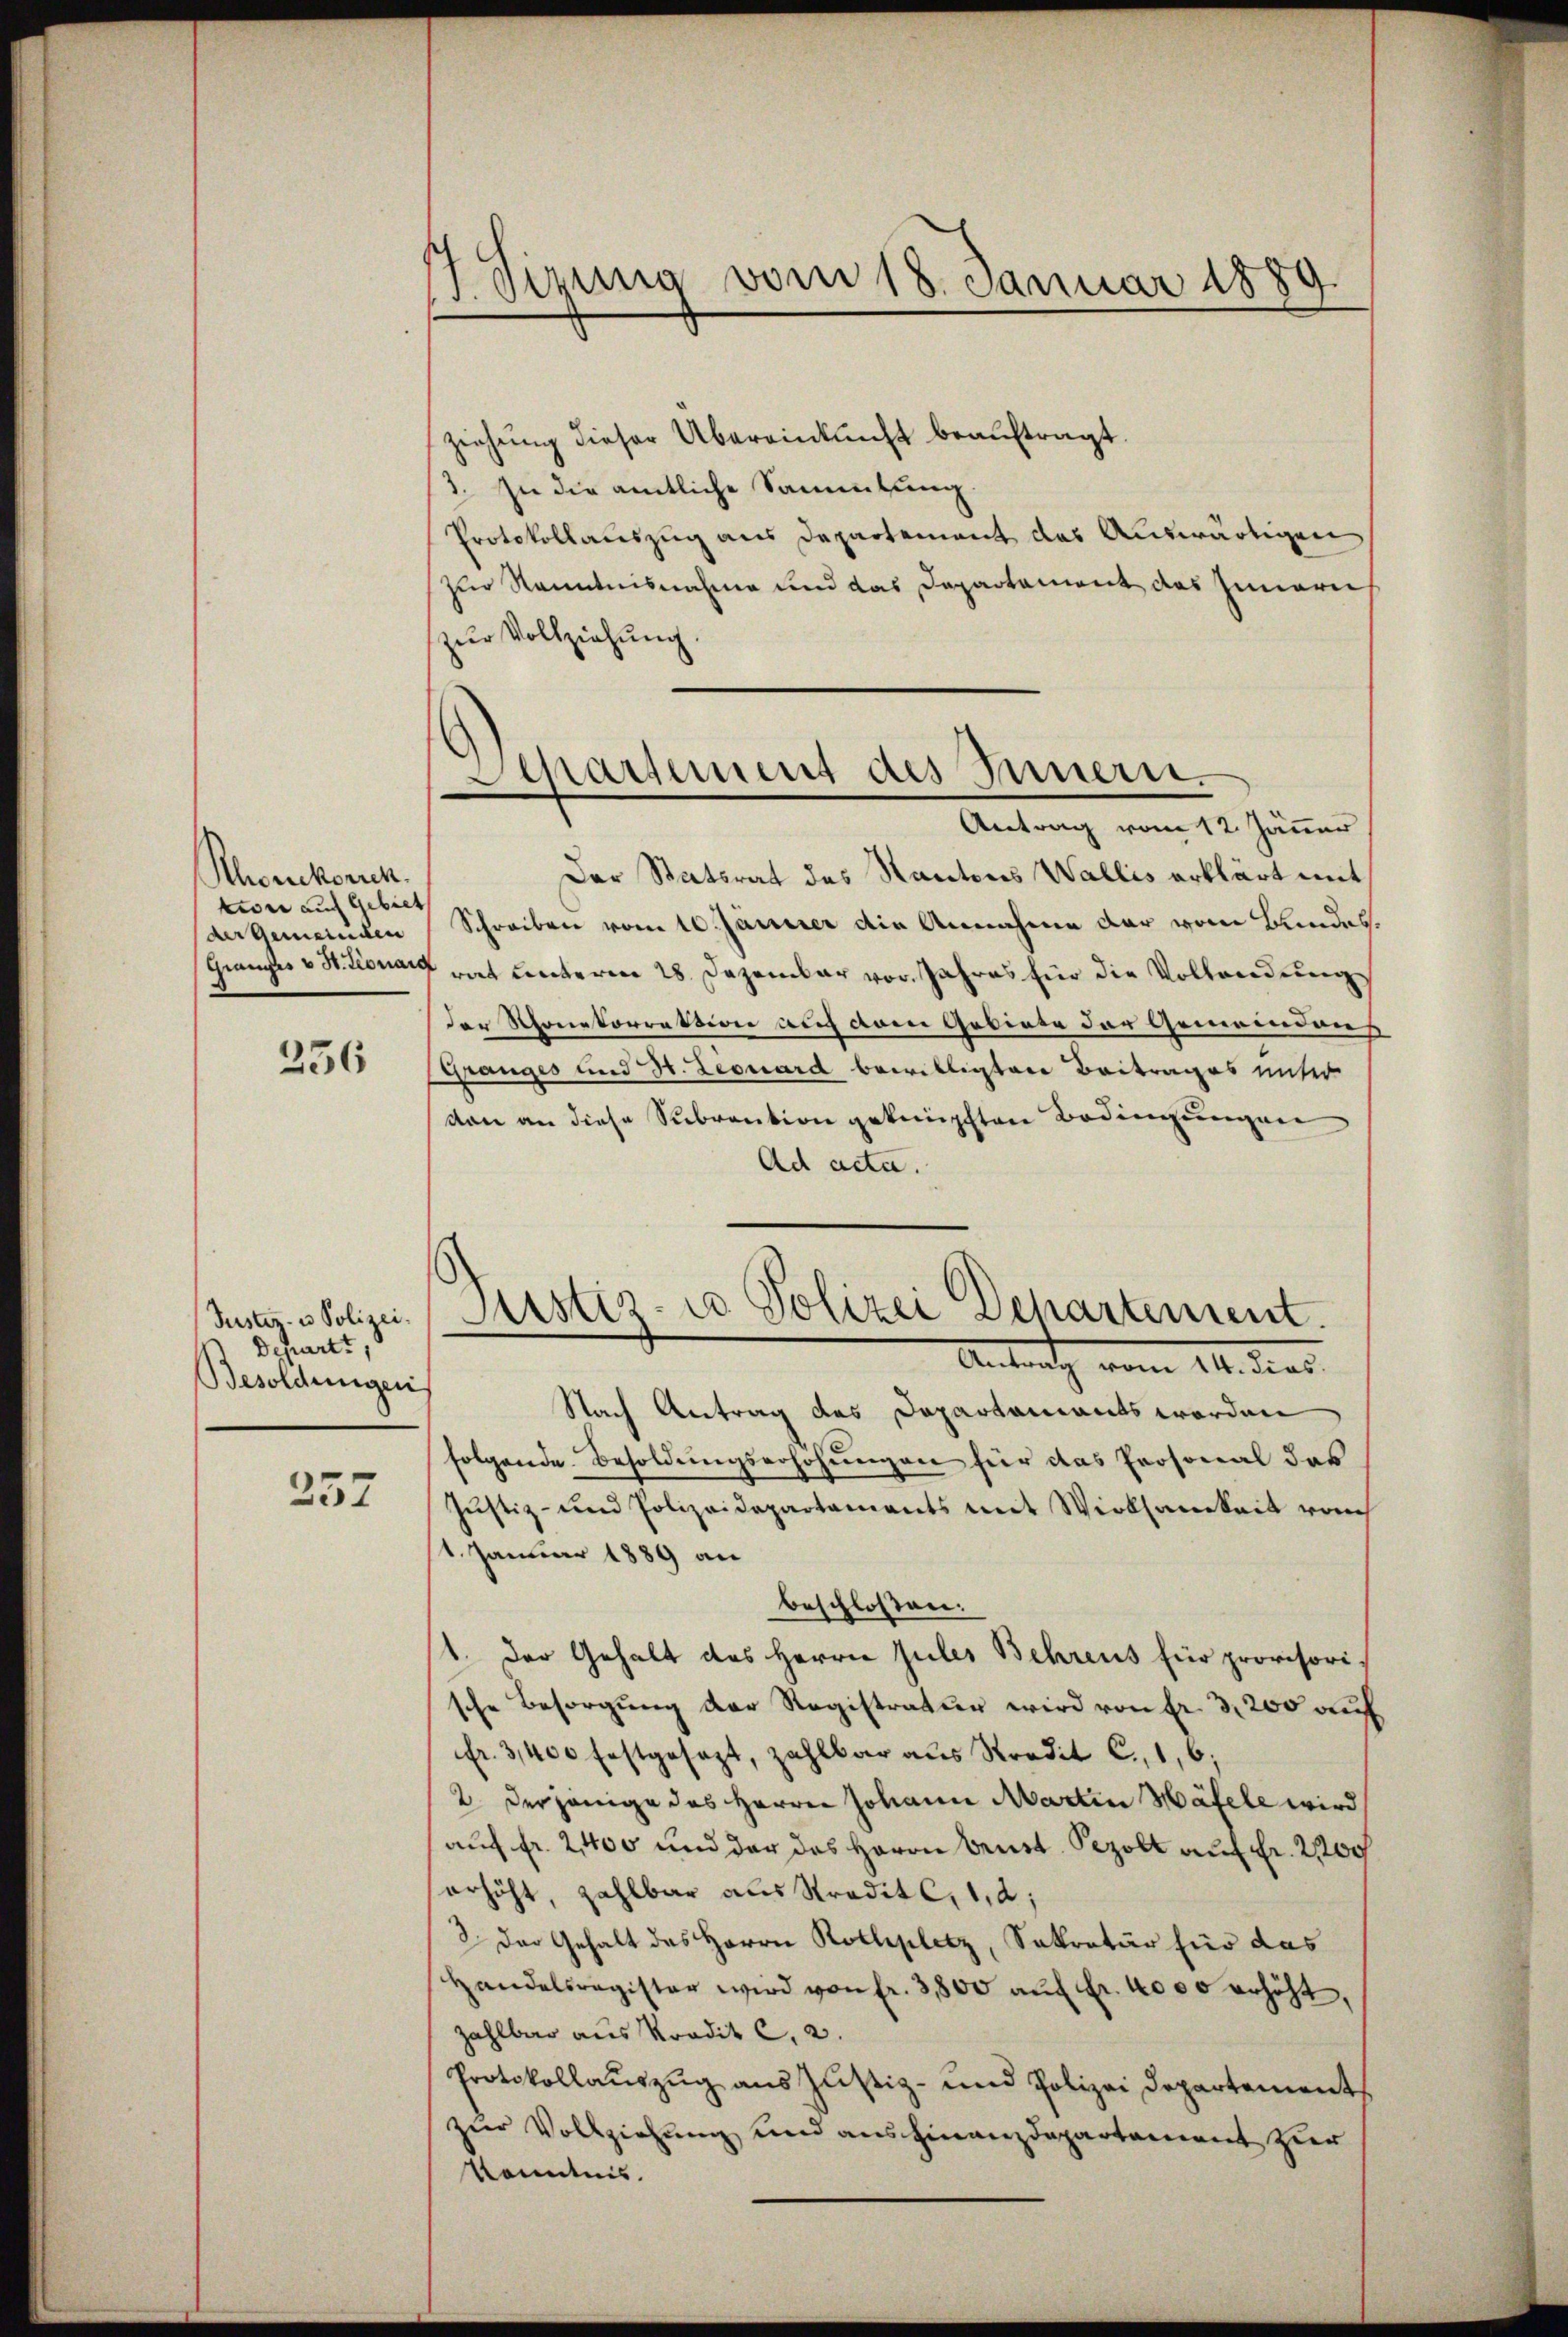
Schockorrek
tion auf Gebiet
(der Gemeinden

256

Justiz- u Polizei.
Departe,
Besoldungen

257

17. Sizung vom 18. Januar 1881
d

ziehung dieser Übereinkunft beauftragt.
3. In die amtliche Sammlung.
Protokollauszug aus Departement das Auswärtigen
zur Kenntnisnahme und das Departament des Innern
zur Vollziehung.
Der Statsrat des Kantons Wallis erklärt mit
Schreiben vom 10. Jänner die Annahme der vom Bundes
Gränzer v. St. Leonard rat unterm 28. Dezember vor. Jahres für die Vollanderenzder Rhonetorrektion auch dem Gebiete der Gemeinden
spranges und St. Leonard bewilligten Beitrages unter
von an diese Subvention geknüpften Bedingungen
Ad acta.
Justiz- u Polizei Dehartement.
Antrath vom 14. dies
Nach Antrag des Departamants worden
folgende Besoldungserhöhungen für das Personal das
Justiz- und Polizeidepartaments mit Wirksamkeit rauch
1. Januar 1889 an
beschloßen:
1. Der Gehalt des Herrn Jules Behrens für provisori
sche Besorgŭng der Registratur wird von fr. 3200 auf
fr. 3400 festgesezt, zahlbar aus Kredit C. 1,6;
2. Derjenige des Herrn Johann Martin Häfele wird
auf fr. 2,400 und der das Herrn Brust. Pezolt auf Fr. 2200
erhöht, zahlbar aus Straditl,12;
2. Der Gehalt des Herrn Rothplatz, Sekretär für das
Handelsregister wird von fr. 3800 aŭf Fr. 4000 erhöht,
zahlbar aus Kredit 2, 2.
Protokollaŭszŭg ans Justiz- und Polizei Departement
zur Vollziehung und ausfinanzdepartament Zier
kenntnis.

Departement des Innern.
—
Antrag vom 12. Jänner